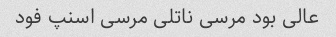
عالی بود مرسی ناتلی مرسی اسنپ فود